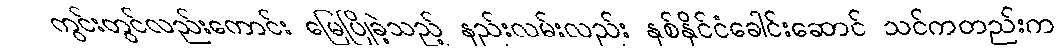
ကွင်းတွင်လည်းကောင်း မြေပြိုခဲ့သည့် နည်းလမ်းလည်း နှစ်နိုင်ငံခေါင်းဆောင် သင်ကတည်းက